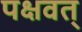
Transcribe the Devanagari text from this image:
पक्षवत्